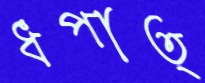
ধপাত্